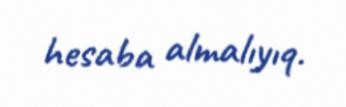
hesaba almalıyıq.